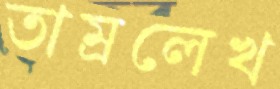
তাম্রলেখ